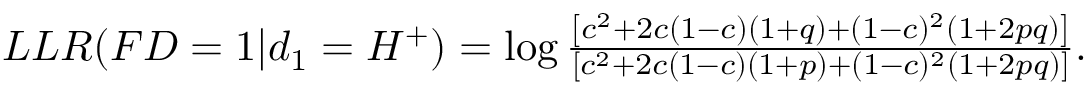
\begin{array} { r } { L L R ( F D = 1 | d _ { 1 } = H ^ { + } ) = \log \frac { \left[ c ^ { 2 } + 2 c ( 1 - c ) ( 1 + q ) + ( 1 - c ) ^ { 2 } ( 1 + 2 p q ) \right] } { \left[ c ^ { 2 } + 2 c ( 1 - c ) ( 1 + p ) + ( 1 - c ) ^ { 2 } ( 1 + 2 p q ) \right] } . } \end{array}